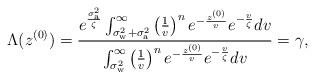
LaTeX: \begin{align*}\Lambda(z^{(0)})&=\frac{e^{\frac{\sigma_{\mathrm{a}}^2}{\zeta}} \int_{\sigma_{\mathrm{w}}^2+\sigma_{\mathrm{a}}^2}^{\infty} \left( \frac{1}{v}\right)^{n} e^{-\frac{z^{(0)}}{v}} e^{-\frac{v}{\zeta}} dv}{\int_{\sigma_{\mathrm{w}}^2}^{\infty} \left( \frac{1}{v}\right)^{n} e^{-\frac{z^{(0)}}{v}} e^{-\frac{v}{\zeta}} dv} = \gamma,\end{align*}